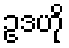
ဥဒဟို